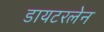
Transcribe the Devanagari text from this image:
डायटरलेन